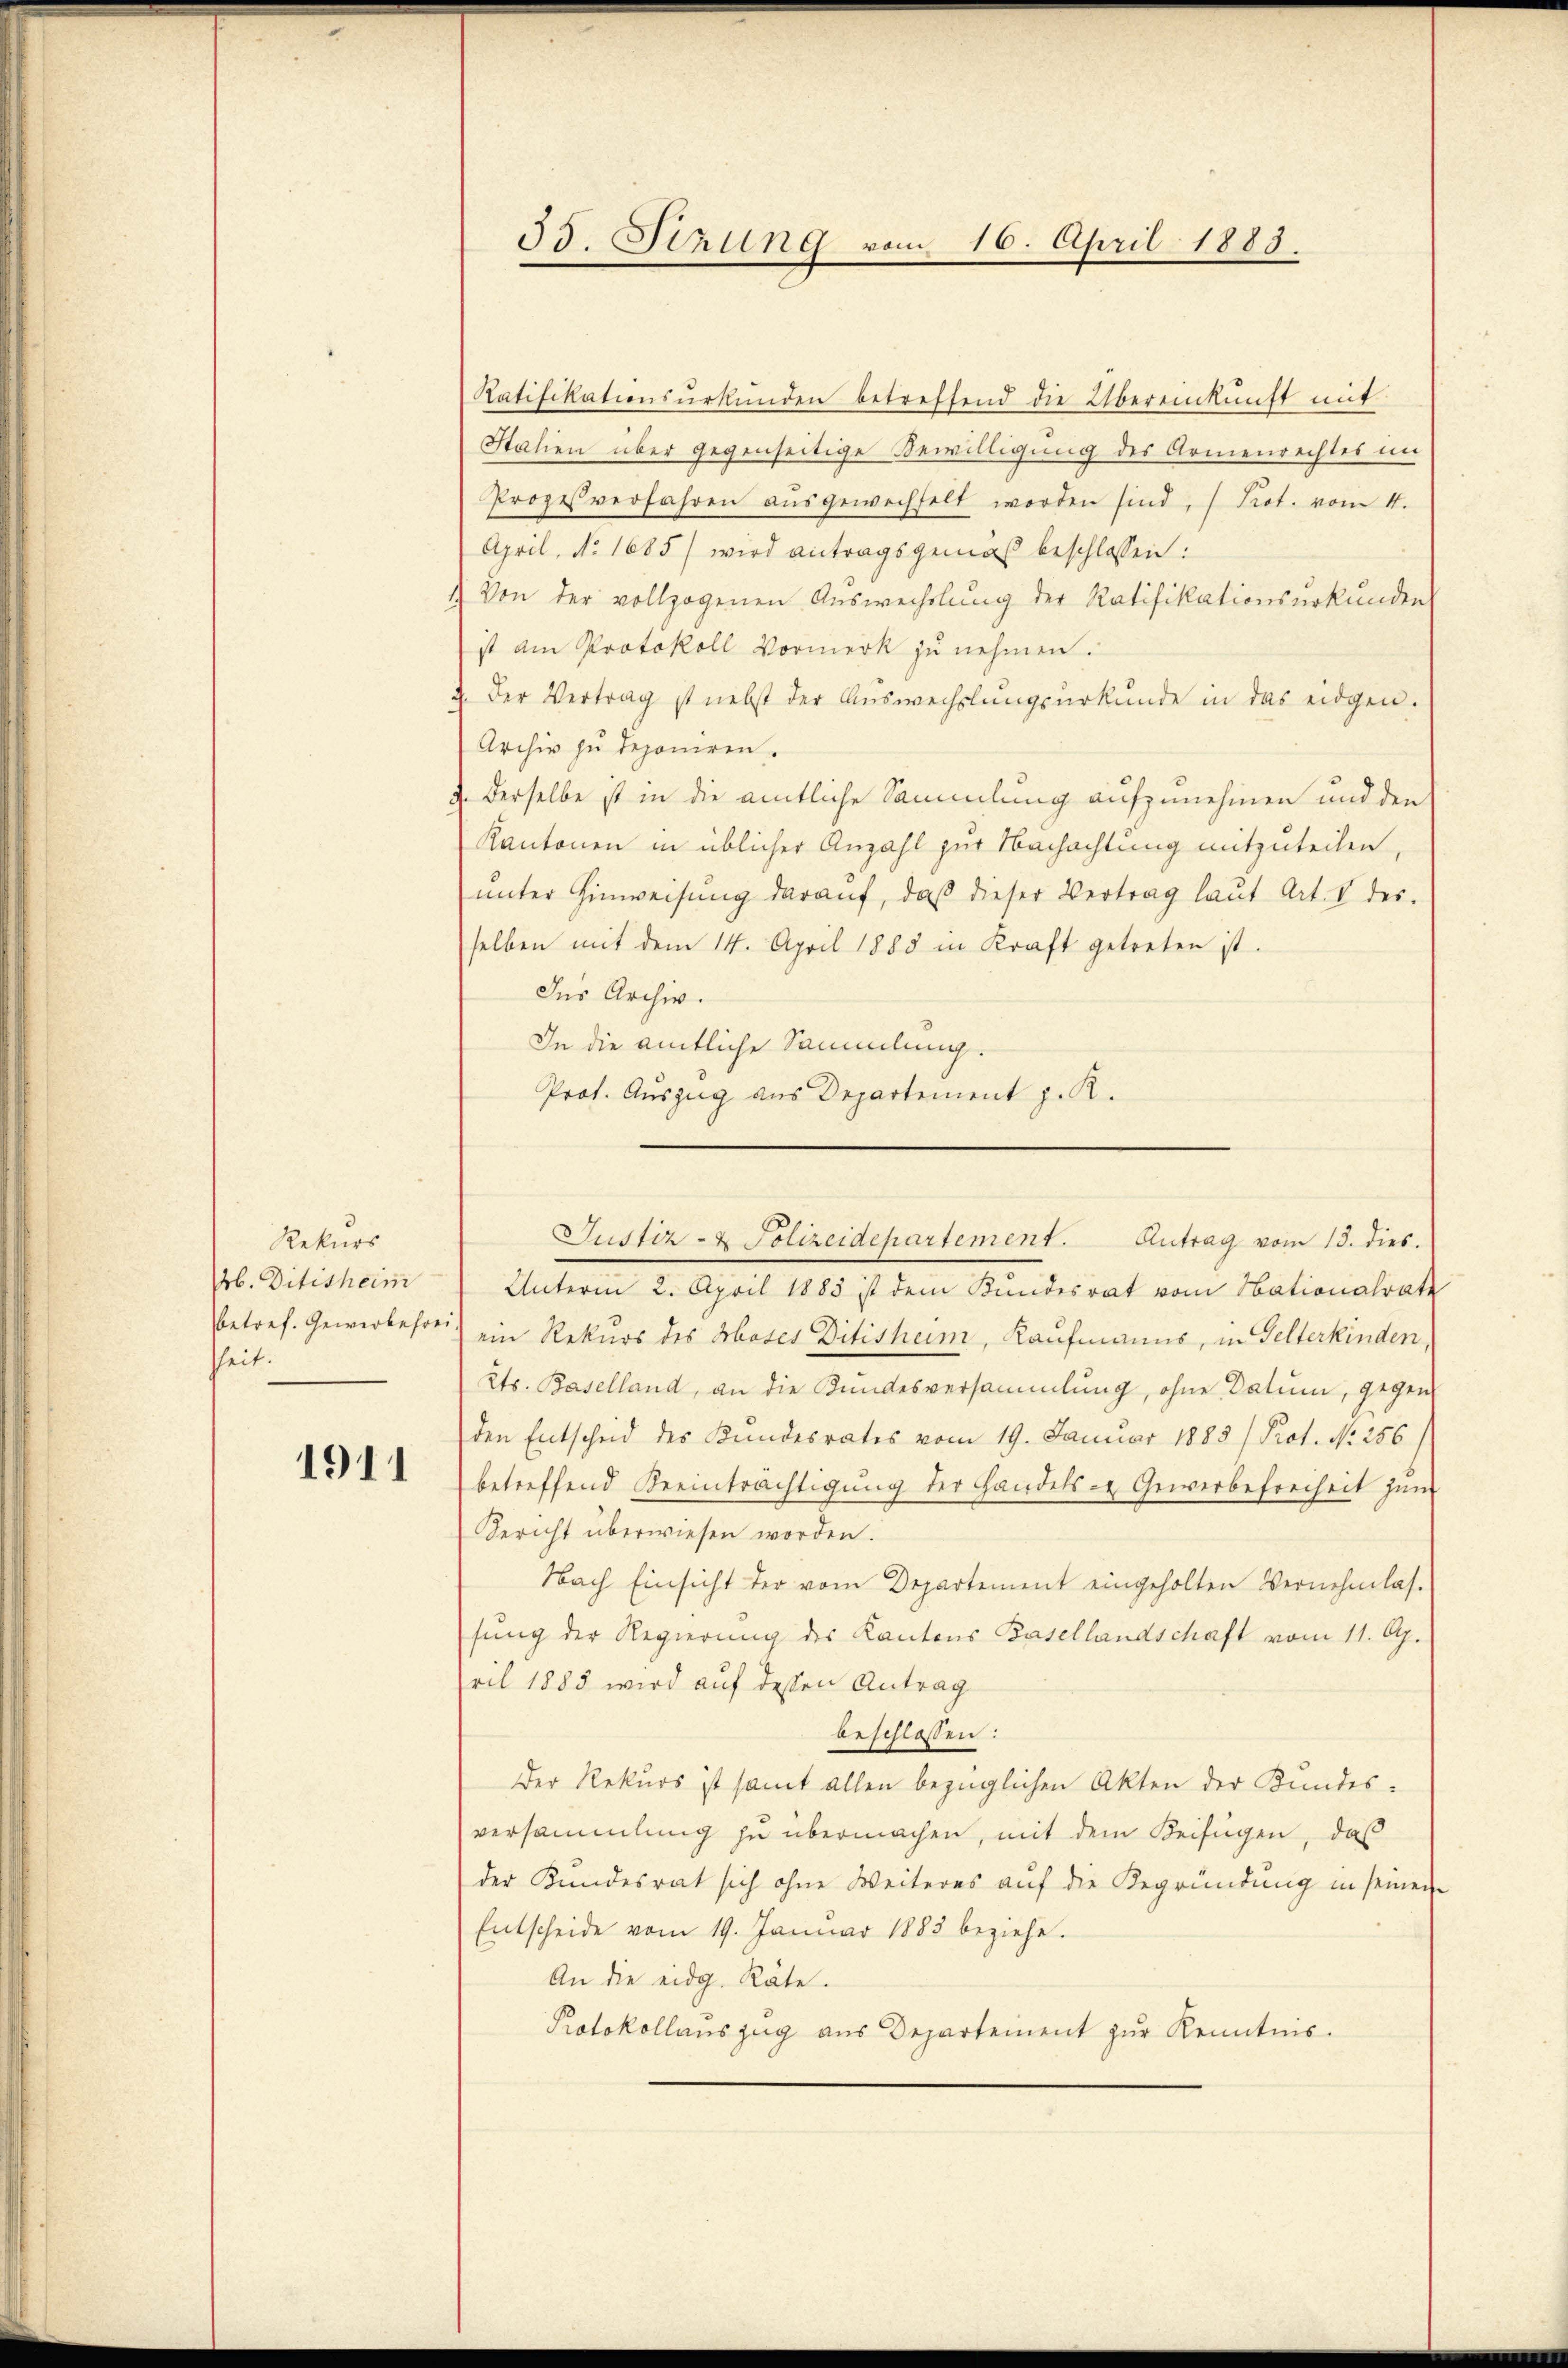
Rekurs
b. Ditisheim
betref. Gewerbefrei
hheit.

1911

53. Sezung vom 16. April 1883.

Ratifikationsurkunden betreffend die Übereinkunft mit
Stalien über gegenseitige Bewilligung des Armenrechtes un
Prozessverfahren aŭsgewechselt worden sind, (Prot. vom 4.
April, No. 1685/ wird antragsgemäß beschlossen:
Von der vollzogenen Auswechslung der Ratifikationsurkunden
ist am Protokoll Vormerk zu nehmen.
). Der Vertrag ist nebst der Auswechslungsurkunde in das eidgen.
Archiv zu deponiren.
Derselbe ist in die amtliche Sammlung aufzunehmen und den
Kantonen in üblicher Anzahl zur Nachachtung mitzuteilen,
ŭnter Hinweisŭng daraŭf, daβ dieser Vertrag laŭt Art. V des
selben mit dem 14. April 1883 in Kraft getreten ist.
Ins Archiv.
In die amtliche Sammlung.
Prof. Auszug aus Departement z. R.
Unterm 2. April 1885 ist dem Kundesrat vom Nationalrath
ein Rekurs des Hoses Ditishum, Kaufmanns, in Gelterkinden,
2ts. Baselland, an die Kundesversammlung, ohne Datum, gegen
den Entscheid des Kundesrates vom 19. Januar 1885) Prot. N. 256/
betreffend Beeinträchtigung der Handels- & Gewerbefreiheit zum
Gericht überwiesen worden.
Nach Einsicht der vom Departement eingeholten Vernehmlas.
sung der Regierung des Kantons Basellandschaft vom 11. Ap.
pril 1885 wird auf dessen Antrag
beschlossen:
Der Rekurs ist samt allen bezüglichen Akten der Bundesversammlung zu übermachen, mit dem Beifügen, daß
der Kundesrat sich ohne Weiteres auf die Begründung in seinen
Entscheide vom 19. Januar 1883 beziehe.
An die eidg. Räte.
Protokollauszug aus Departement zur Kenntnis.

Justiz- & Polizeidepartement. Antrag vom 13. dies.